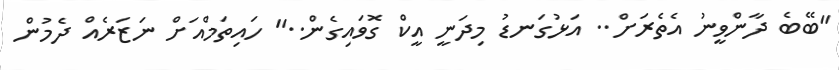
"ބޭބެ ދާންވީނު އެތެރަށް.. އަޅުގަނޑު މިދަނީ އީކް ގޮވައިގެން.." ހައިތަމްއަށް ނަޒަރެއް ދެމުން